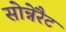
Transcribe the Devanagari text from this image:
सोन्नेरैट